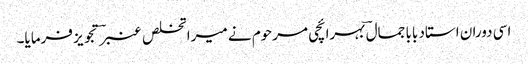
اسی دوران استاد بابا جمال ؔبہرائچی مرحوم نے میرا تخلص عنبرؔ تجویز فرمایا۔